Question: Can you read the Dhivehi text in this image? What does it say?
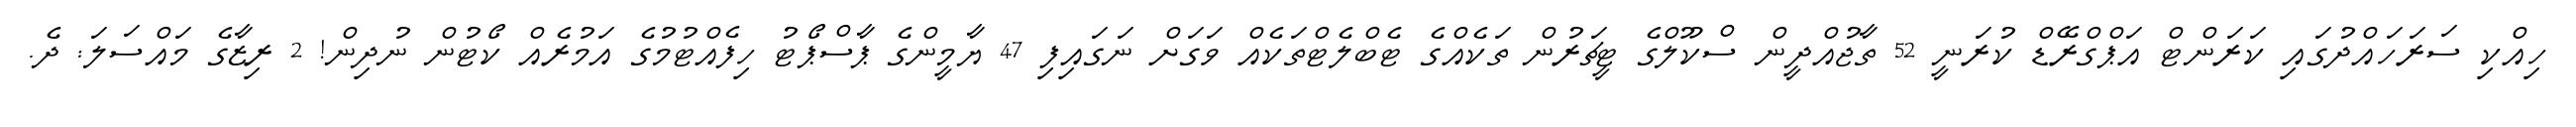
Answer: ހިއްކި ސަރަހައްދުގައި ކަރަންޓް އަޕްގްރޭޑް ކުރަނީ 52 ތާޖުއްދީން ސްކޫލްގެ ޓީޗަރުން ތަކެއްގެ ޓެބްލެޓްތަކެއް ވަގަށް ނަގައިފި 47 ޔާމީންގެ ޕާސްޕޯޓު ހިފެއްޓުމުގެ އަމުރެއް ކޯޓުން ނުދިން! 2 ރިޒާގެ މައްސަލަ: ދެ.